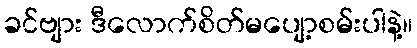
ခင်ဗျား ဒီလောက်စိတ်မပျော့စမ်းပါနဲ့။